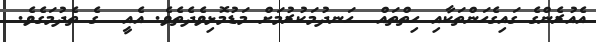
އެއުރެންގެ ގައިގެހަންތަކާއި ހިތްތައް  ހަނދުމަކުރުމަށް މަޑުމޮޅިވެދެތެވެ. އެއީ  ގެ ތެދުމަގެވެ.